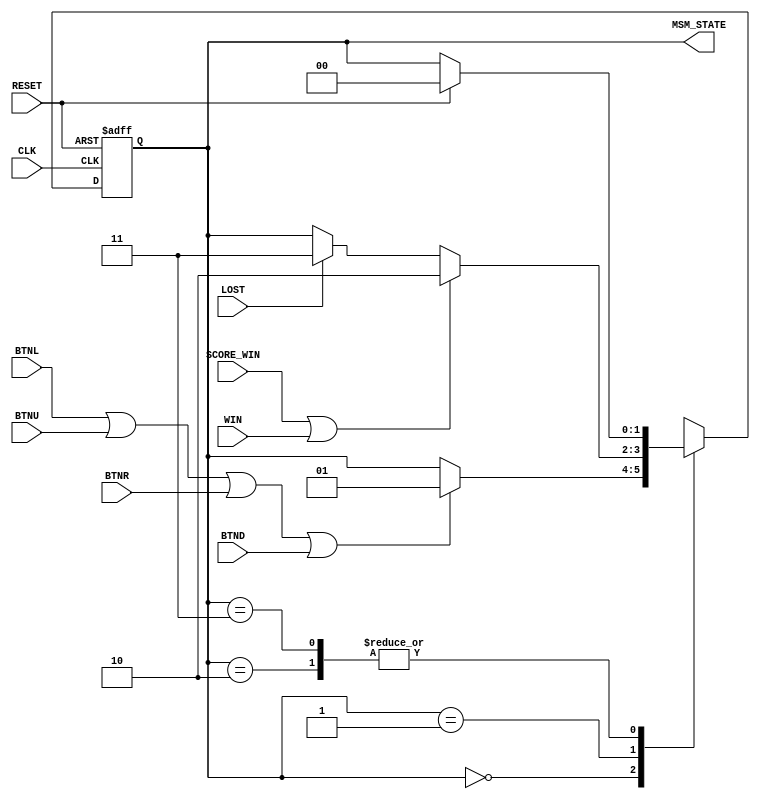
`timescale 1ns / 1ps
//////////////////////////////////////////////////////////////////////////////////
// Company: 
// Engineer: 
// 
// Design Name: 
// Module Name: Master_state_machine
// Project Name: 
// Target Devices: 
// Tool Versions: 
// Description: 
// 
// Dependencies: 
// 
// Revision:
// Revision 0.01 - File Created
// Additional Comments:
// 
//////////////////////////////////////////////////////////////////////////////////


module Master_state_machine(
    input BTNL,
    input BTNR,
    input BTNU,
    input BTND,
    input CLK,
    input RESET,
    input SCORE_WIN,
    input LOST,
    input WIN,
    output [1:0] MSM_STATE
    );
    
    parameter START = 2'd0;
    parameter PLAY = 2'd1;
    parameter WINNER = 2'd2;
    parameter LOSER = 2'd3;
    
    reg [1:0] Curr_state;
    reg [1:0] Next_state;
        
    initial begin
        Curr_state = 0;
    end
    
    //Amking MSM_STATE always equal to the Current state    
    assign MSM_STATE = Curr_state;
        
    always@(posedge CLK or posedge RESET)
    begin
      if (RESET) 
           Curr_state <= 0;
      else 
           Curr_state <= Next_state;
    end
    

    // List the signals to be checked for the state transition
    always@(Curr_state or BTNL or BTNU or BTNR or BTND or RESET or SCORE_WIN or LOST or WIN) begin

          case (Curr_state)

              START    :begin
                  if (BTNL || BTNU || BTNR || BTND)
                      Next_state <= 2'd1;
                  else
                      Next_state <= Curr_state;
              end
              // it transition to the win screen can be done
              // either from the normal or timed mode
              PLAY    :begin
                   if (SCORE_WIN || WIN)
                       Next_state <= 2'd2;
                   else if (LOST)
                       Next_state <= 2'd3;
                   else 
                       Next_state <= Curr_state; 
              end

              WINNER    :begin
                   if (RESET)
                       Next_state <= 2'd0;
                   else
                       Next_state <= Curr_state;
              end

              LOSER     :begin
                    if (RESET)
                       Next_state <= 2'd0;
                    else
                       Next_state <= Curr_state;
              end
         endcase              
    end        
endmodule